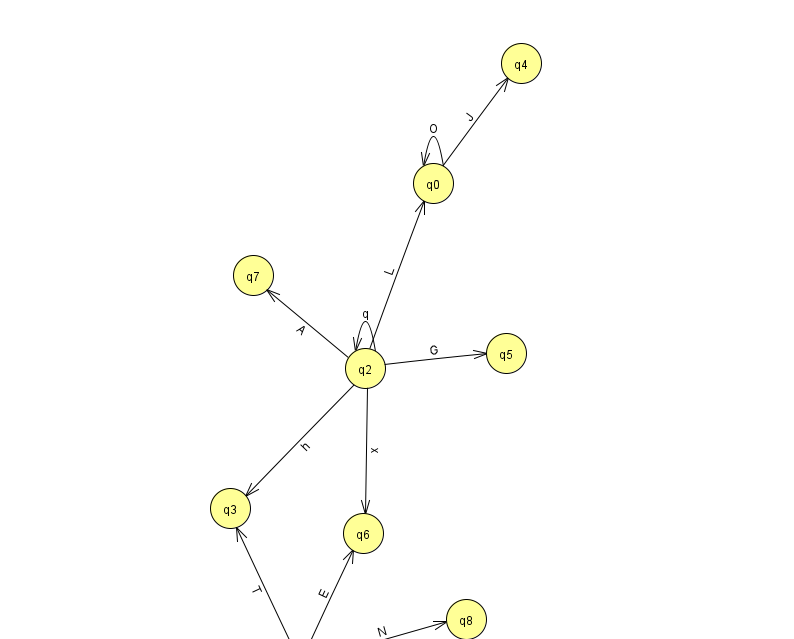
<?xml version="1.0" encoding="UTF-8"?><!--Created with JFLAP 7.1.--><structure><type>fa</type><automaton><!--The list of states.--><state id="0" name="q0"><x>433.0</x><y>170.0</y></state><state id="1" name="q1"><x>303.0</x><y>651.0</y><initial/><final/></state><state id="2" name="q2"><x>365.0</x><y>355.0</y></state><state id="3" name="q3"><x>230.0</x><y>495.0</y></state><state id="4" name="q4"><x>521.0</x><y>50.0</y></state><state id="5" name="q5"><x>506.0</x><y>340.0</y></state><state id="6" name="q6"><x>363.0</x><y>520.0</y></state><state id="7" name="q7"><x>253.0</x><y>262.0</y></state><state id="8" name="q8"><x>466.0</x><y>606.0</y></state><!--The list of transitions.--><transition><from>1</from><to>6</to><read>E</read></transition><transition><from>2</from><to>2</to><read>q</read></transition><transition><from>0</from><to>4</to><read>J</read></transition><transition><from>1</from><to>8</to><read>N</read></transition><transition><from>1</from><to>3</to><read>T</read></transition><transition><from>2</from><to>0</to><read>L</read></transition><transition><from>2</from><to>3</to><read>h</read></transition><transition><from>2</from><to>5</to><read>G</read></transition><transition><from>2</from><to>6</to><read>x</read></transition><transition><from>0</from><to>0</to><read>O</read></transition><transition><from>2</from><to>7</to><read>A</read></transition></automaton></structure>